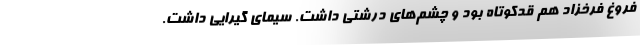
فروغ فرخزاد هم قدکوتاه بود و چشم‌های درشتی داشت. سیمای گیرایی داشت.